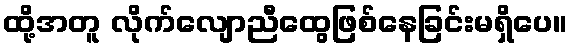
ထို့အတူ လိုက်လျောညီထွေဖြစ်နေခြင်းမရှိပေ။